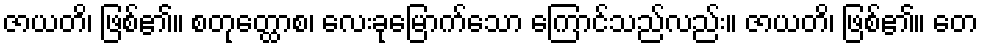
ဇာယတိ၊ ဖြစ်၏။ စတုတ္ထောစ၊ လေးခုမြောက်သော ကြောင်သည်လည်း။ ဇာယတိ၊ ဖြစ်၏။ တေ